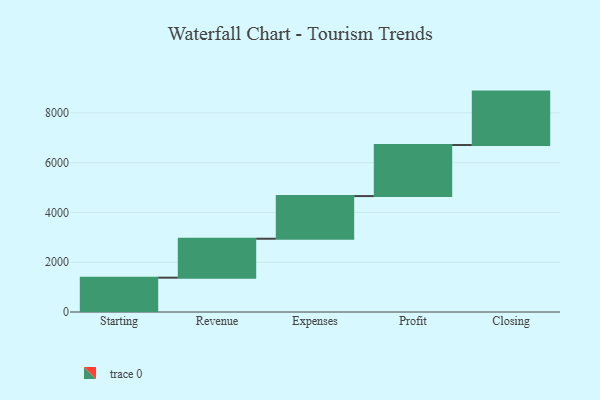
{"axis": {"x": "Step", "y": "Value"}, "legend": [""], "data": [{"x": "Starting", "y": 1380.0, "type": ""}, {"x": "Revenue", "y": 1564.0, "type": ""}, {"x": "Expenses", "y": 1714.0, "type": ""}, {"x": "Profit", "y": 2051.0, "type": ""}, {"x": "Closing", "y": 2147.0, "type": ""}]}